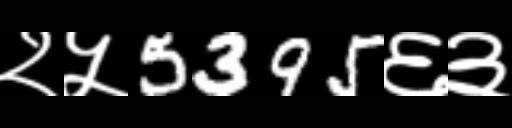
Text: २५5395६३